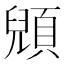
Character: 𲊲